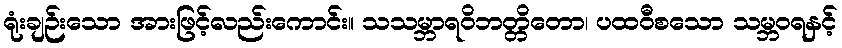
ရုံးချဉ်းသော အားဖြင့်လည်းကောင်း။ သသမ္ဘာရဝိဘတ္တိတော၊ ပထဝီစသော သမ္ဘဝရနှင့်